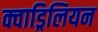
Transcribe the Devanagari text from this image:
क्वाड्रिलियन